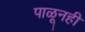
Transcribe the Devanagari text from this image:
पाळूनही